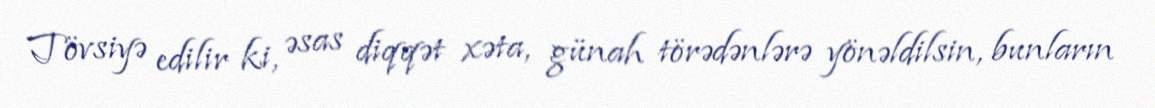
Tövsiyə edilir ki, əsas diqqət xəta, günah törədənlərə yönəldilsin, bunların